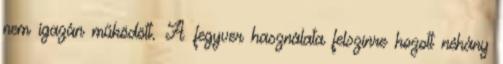
nem igazán működött. A fegyver használata felszínre hozott néhány